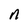
Character: n